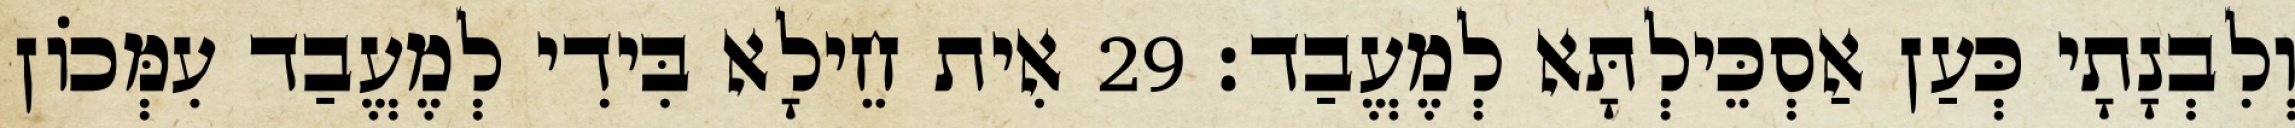
וְלִבְנָתָי כְּעַן אַסְכֵּילְתָּא לְמֶעֱבַד׃ 29 אִית חֵילָא בִּידִי לְמֶעֱבַד עִמְּכוֹן